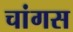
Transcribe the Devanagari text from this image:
चांगस